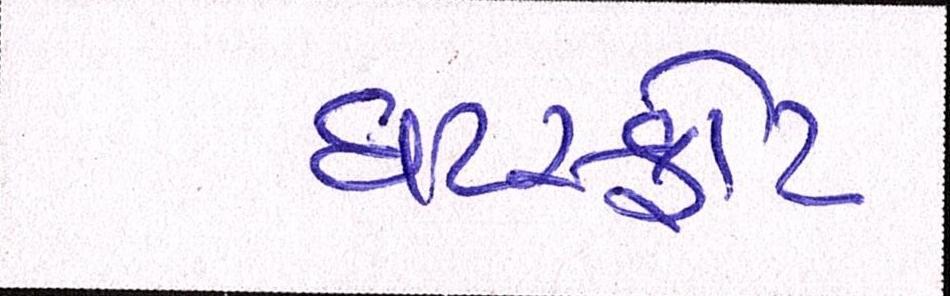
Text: ઘટસ્ફોટ